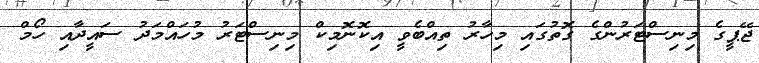
ޖޭޕީގެ މިނިސްޓަރުންގެ ގޮތުގައި މިހާރު ތިއްބެވީ އިކޮނޮމިކް މިނިސްޓަރު މުހައްމަދު ސައީދާއި ހޯމް